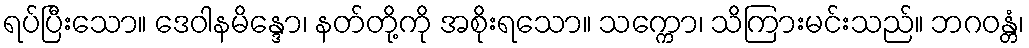
ရပ်ပြီးသော။ ဒေဝါနမိန္ဒော၊ နတ်တို့ကို အစိုးရသော။ သက္ကော၊ သိကြားမင်းသည်။ ဘဂဝန္တံ၊